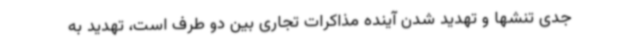
جدی تنشها و تهدید شدن آینده مذاکرات تجاری بین دو طرف است، تهدید به